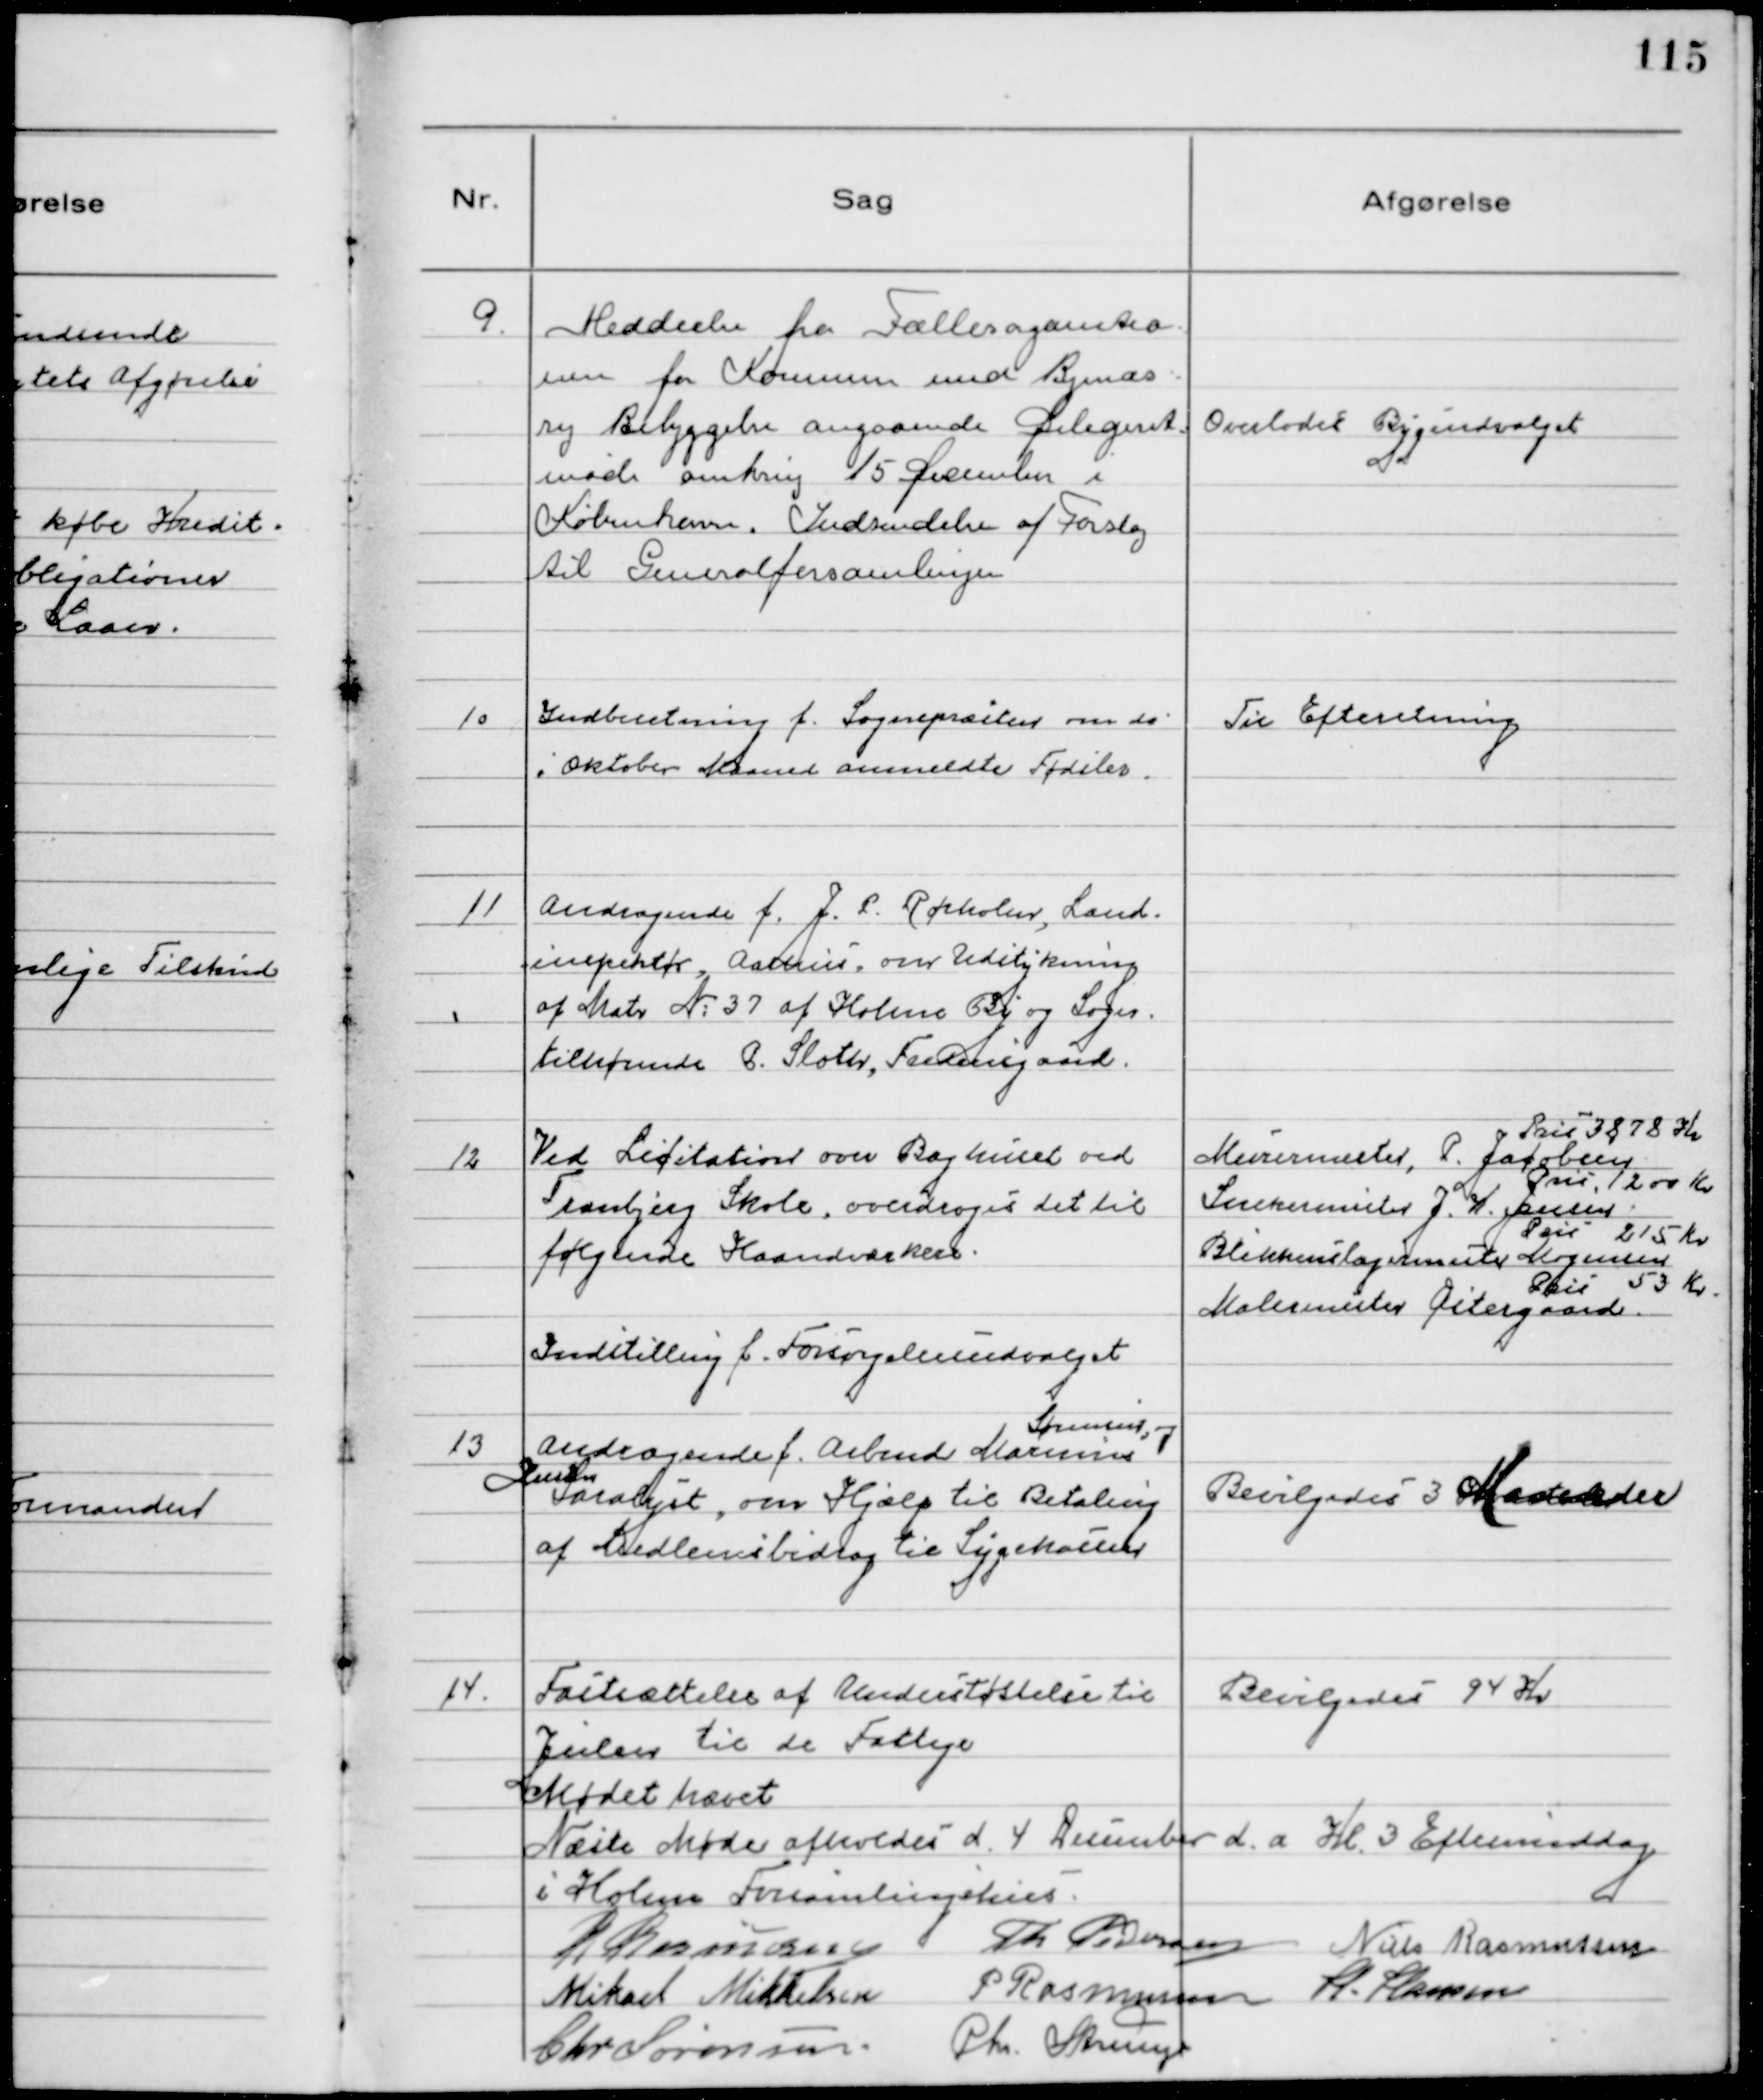
Transskription:
9.
Meddeelse fra Fællesorganitio-
nen for Kommuner med Bymæs-
sig Bebyggelse angaaende Delegeret-
møde omkring 15 December i
København. Indsendelse af Forslag
til Generalforsamlingen

Overlodes Byggeudvalget

10
Indberetning f. Sognepræsten om de
i Oktober Maaned anmeldte Fødsler.

Til Efteretning

11
Andragende f. J.P. Rørholm, Land-
inspektør, Aarhus, om Udstykning
af Matr №37 af Holme By og Sogn.
tilhørende C. Sloth,Fredensgaard.

12
Ved Licitation over Baghuset ved
Tranbjerg Skole, overdroges det til
følgende Haandværkere.

Murermester, P. Jacobsen
Pris 3878 Kr
Snekermester J.K. Jensen
Pris, 1200 Kr
Blikkenslagermester Mogensen
Pris 215 Kr
Malermester Østergaard.
Pris 53 Kr.

Indstilling f. Forsørgelsesudvalget

13
Andragende f. Arbmd Marinus
Sørensen, og
Hustru
Saralyst, om Hjælp til Betaling
af Medlemsbidrag til Sygekassen

Bevilgedes 3 Maaneder

14.
Fastsættelse af Understøttelse til
Julen til de Fattige

Bevilgedes 94 Kr

Mødet hævet
Næste Møde afholdes d. 4 December d.a Kl. 3 Eftermiddag
i Holme Forsamlingshus.
R Rasmussen Th Pedersen Niels Rasmussen
Mikael Mikkelsen
P Rasmussen H. Hansen
Chr Sørensen. Chr. Strunge